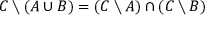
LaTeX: C \setminus ( A \cup B ) = ( C \setminus A ) \cap ( C \setminus B )